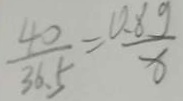
\frac { 4 0 } { 3 6 \cdot 5 } = \frac { 0 \cdot 8 g } { x }